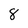
Character: 8